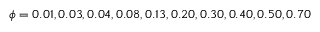
\phi = 0 . 0 1 , 0 . 0 3 , 0 . 0 4 , 0 . 0 8 , 0 . 1 3 , 0 . 2 0 , 0 . 3 0 , 0 . 4 0 , 0 . 5 0 , 0 . 7 0